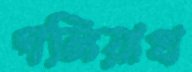
গলিয়াথ